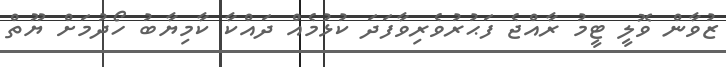
ޒުވާން ވޮލީ ޓީމު ރާއްޖެ ފަޙުރުވެރިވާފަދަ ކުޅުމެއް ދައްކާ ކާމިޔާބު ހޯދުމަށް ޔޫތް